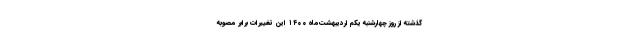
گذشته از روز چهارشنبه یکم اردیبهشت‌ماه ۱۴۰۰ این تغییرات برابر مصوبه